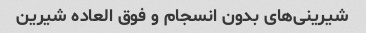
شیرینی‌های بدون انسجام و فوق العاده شیرین